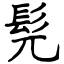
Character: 髡